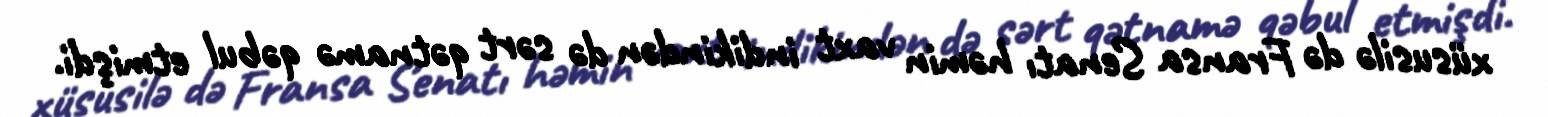
xüsusilə də Fransa Senatı həmin vaxt indikindən də sərt qətnamə qəbul etmişdi.